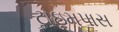
ટાઇમપાસ